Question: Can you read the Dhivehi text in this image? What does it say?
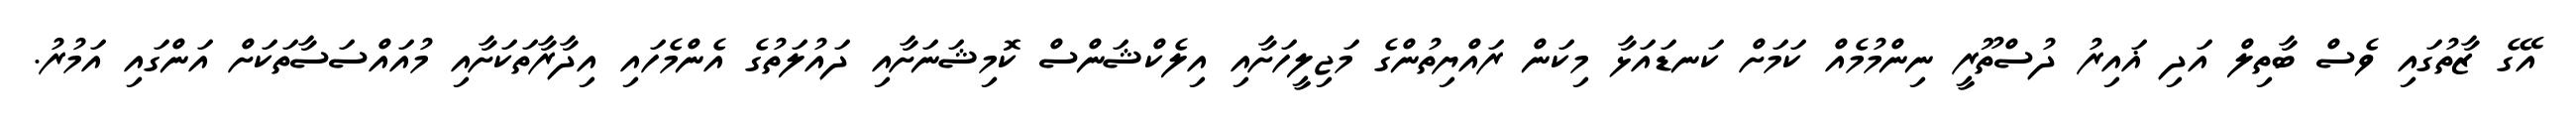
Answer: އޭގެ ޒާތުގައި ވެސް ބާތިލް އަދި ޣައިރު ދުސްތޫރީ ނިންމުމެއް ކަމަށް ކަނޑައަޅާ މިކަން ރައްޔިތުންގެ މަޖިލީހަށާއި އިލެކްޝަންސް ކޮމިޝަނަށާއި ދައުލަތުގެ އެންމެހައި އިދާރާތަކަށާއި މުއައްސަސާތަކަށް އަންގައި އަމުރު.